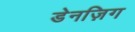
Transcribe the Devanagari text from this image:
डेनज़िग